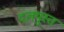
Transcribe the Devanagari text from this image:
दलयुस्त